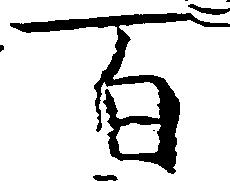
百